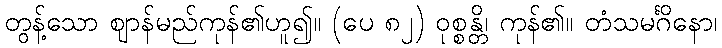
တွန့်သော ဈာန်မည်ကုန်၏ဟူ၍။ (ပေ ၈၂) ဝုစ္စန္တိ၊ ကုန်၏။ တံသမင်္ဂိနော၊